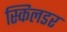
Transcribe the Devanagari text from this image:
स्किलडर